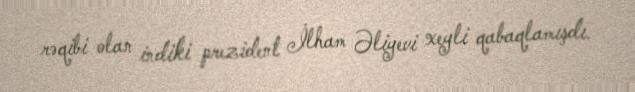
rəqibi olan indiki prezident İlham Əliyevi xeyli qabaqlamışdı.